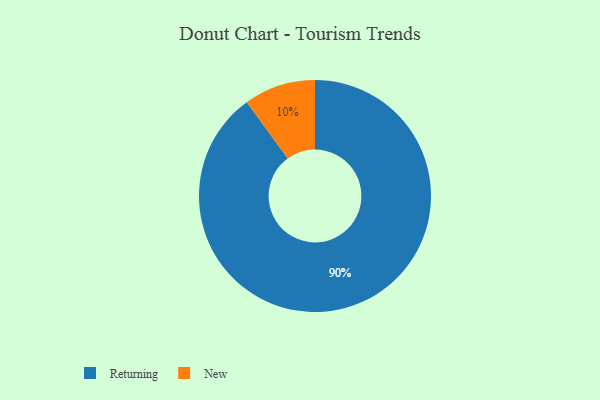
{"axis": {"x": "Category", "y": "Percentage"}, "legend": ["New", "Returning"], "data": [{"x": "Returning", "y": 90, "type": "Returning"}, {"x": "New", "y": 10, "type": "New"}]}